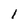
Character: 1